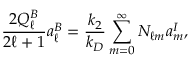
\frac { 2 Q _ { \ell } ^ { B } } { 2 \ell + 1 } a _ { \ell } ^ { B } = \frac { k _ { 2 } } { k _ { D } } \sum _ { m = 0 } ^ { \infty } N _ { \ell m } a _ { m } ^ { I } ,